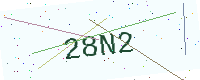
Text: 28N2